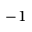
^ { - 1 }